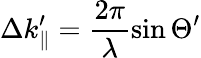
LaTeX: \Delta k_{\parallel}^{\prime}=\frac{2\pi}{\lambda}\sin\Theta^{\prime}